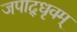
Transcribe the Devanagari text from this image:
जपाद्‌धृवम्